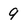
Character: 9